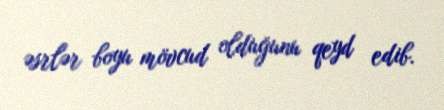
əsrlər boyu mövcud olduğunu qeyd edib.